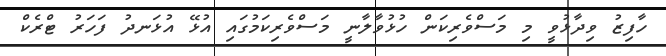
ހާފިޒު ވިދާޅުވީ މި މަސްވެރިކަން ހުޅުވާލާނީ މަސްވެރިކަމުގައި އުޅޭ އުޅަނދު ފަހަރު ޓްރެކް